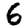
Digit: 6